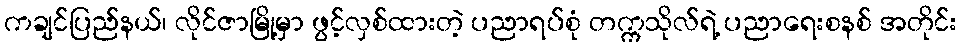
ကချင်ပြည်နယ်၊ လိုင်ဇာမြို့မှာ ဖွင့်လှစ်ထားတဲ့ ပညာရပ်စုံ တက္ကသိုလ်ရဲ့ ပညာရေးစနစ် အတိုင်း